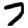
Digit: 7